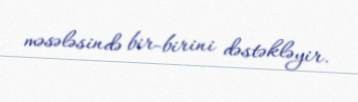
məsələsində bir-birini dəstəkləyir.